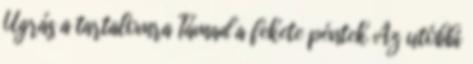
Ugrás a tartalomra Támad a fekete péntek Az utóbbi